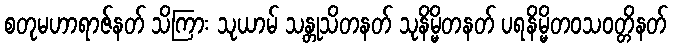
စတုမဟာရာဇ်နတ် သိကြား သုယာမ် သန္တုသိတနတ် သုနိမ္မိတနတ် ပရနိမ္မိတဝသဝတ္တိနတ်